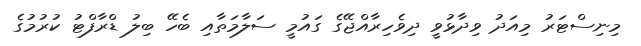
މިނިސްޓަރު މިއަދު ވިދާޅުވީ ދިވެހިރާއްޖޭގެ ގައުމީ ސަލާމަތާއި ބެހޭ ބިލު ޑްރާފްޓު ކުރުމުގެ